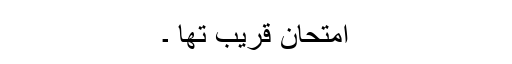
امتحان قریب تھا ۔